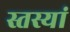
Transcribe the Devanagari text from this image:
स्तस्यां